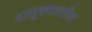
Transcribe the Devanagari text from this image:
तालुक्याततील